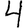
Digit: 4